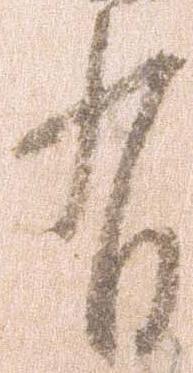
有